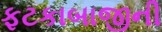
ફટકાબાજીની